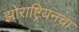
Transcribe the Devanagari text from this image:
झोराष्ट्रियनचा